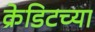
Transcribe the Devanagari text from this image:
क्रेडिटच्या